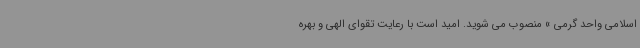
اسلامی واحد گرمی » منصوب می شوید. امید است با رعایت تقوای الهی و بهره